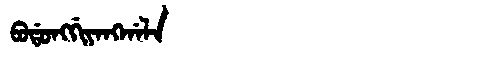
Manchu: ᠪᠣᡩᠣᠩᡤᡳᠶᠠᠩᡤᠠᠯᠠ
Romanization: BODONGGIYANGGALA